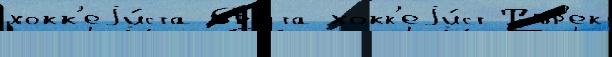
хокк'еjи́ста бра́та хокк'еjи́ст Тур'ек